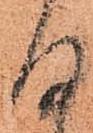
何